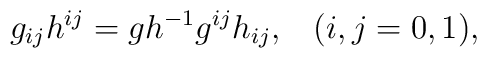
g_{ij}h^{ij}=gh^{-1}g^{ij}h_{ij}, \hspace{10pt}(i,j=0,1),